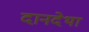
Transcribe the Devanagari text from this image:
दानदेथा